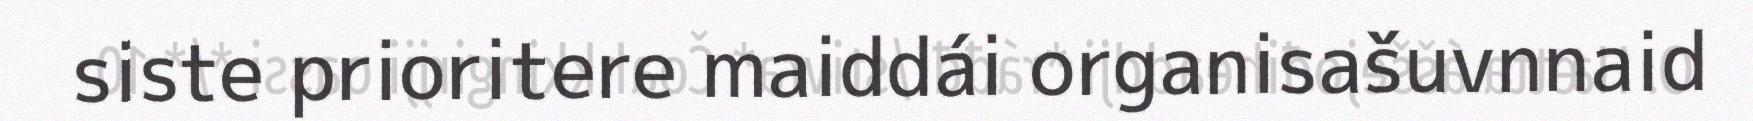
siste prioritere maiddái organisašuvnnaid